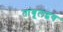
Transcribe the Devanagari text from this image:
तांबूलद्वय